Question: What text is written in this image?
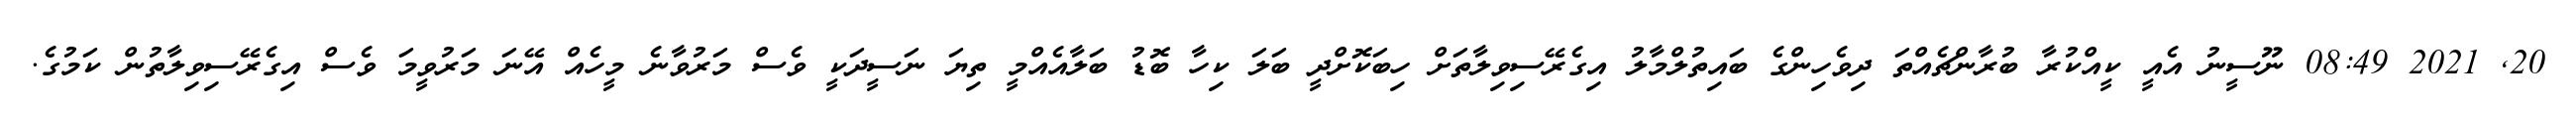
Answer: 20, 2021 08:49 ނޫސީނު އެއީ ކީއްކުރާ ބުރާންޗެއްތަ ދިވެހިންގެ ބައިތުލްމާލު އިގެރޭސިވިލާތަށް ހިބަކޮށްދީ ބަލަ ކިހާ ބޮޑު ބަލާއެއްމީ ތިޔަ ނަސީދަކީ ވެސް މަރުވާނެ މީހެއް އޭނަ މަރުވީމަ ވެސް އިގެރޭސިވިލާތުން ކަމުގެ.